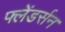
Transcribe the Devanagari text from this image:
फ्लेंडर्सन